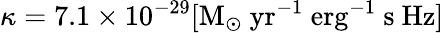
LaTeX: \kappa=7.1\times 10^{-29}[\mathrm{M}_{\odot}\ \mathrm{yr}^{-1}\ \mathrm{erg}^{-1}\ \mathrm{s}\ \mathrm{Hz}]